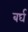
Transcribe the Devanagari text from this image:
बर्घ